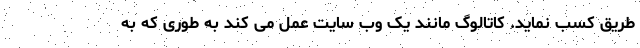
طریق کسب نماید. کاتالوگ مانند یک وب سایت عمل می کند به طوری که به